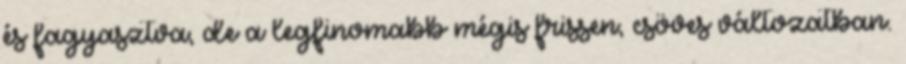
és fagyasztva, de a legfinomabb mégis frissen, csöves változatban.